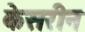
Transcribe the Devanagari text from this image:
केसरीन